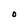
Character: O